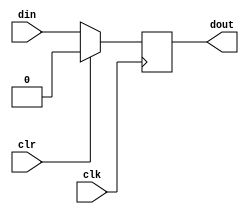
`timescale 1ns / 1ps
//////////////////////////////////////////////////////////////////////////////////
// Company: 
// Engineer: 
// 
// Design Name: 
// Module Name: shift_register_d_flip_flop
// Project Name: 
// Target Devices: 
// Tool Versions: 
// Description: 
// 
// Dependencies: 
// 
// Revision:
// Revision 0.01 - File Created
// Additional Comments:
// 
//////////////////////////////////////////////////////////////////////////////////


module shift_register_d_flip_flop(
    input clk,
    input clr,
    input din,
    output reg dout
    );
    
    always@(posedge clk)
    begin
    if(clr==1'b1)
    begin
        dout<=1'b0;
    end
    else
    begin
        dout<=din;
    end
    end
endmodule